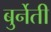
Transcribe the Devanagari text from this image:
बुर्नेती